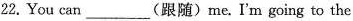
22.You can ___ (跟随) me.I'm going to the